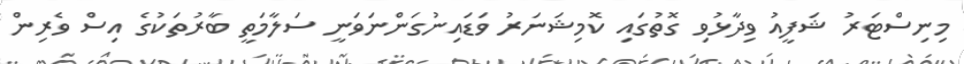
މިނިސްޓަރު ޝަފީއު ވިދާޅުވި ގޮތުގައި ކޮމިޝަނަރު ވަޑައިނުގަންނަވަނީ ސަލާމަތީ ބާރުތަކުގެ އިސް ވެރިން